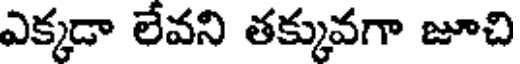
ఎక్కడా లేవని తక్కువగా జూచి